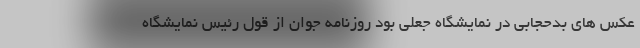
عکس های بدحجابی در نمایشگاه جعلی بود روزنامه جوان از قول رئیس نمایشگاه